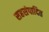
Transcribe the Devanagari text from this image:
सहसंपादित